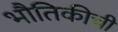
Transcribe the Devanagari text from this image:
भौतिकीची